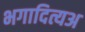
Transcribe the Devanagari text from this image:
भगादित्यअ